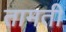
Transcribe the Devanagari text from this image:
तामती